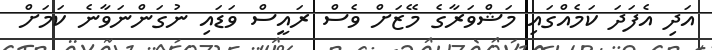
އަދި އެފަދަ ކަމެއްގައި މަޝްވަރާގެ މޭޒަށް ވެސް ރައީސް ވަޑައި ނުގަންނަވާނެ ކަމަށް